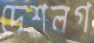
দেশলগ